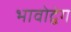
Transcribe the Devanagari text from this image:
भावोद्वेग